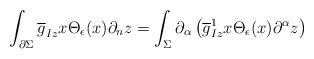
LaTeX: \begin{align*}\int _{\partial \Sigma} {\overline g}_{Iz} x\Theta_\epsilon (x) \partial_n z =\int _\Sigma \partial_\alpha \left({\overline g}_{Iz}^1 x\Theta_\epsilon (x) \partial ^\alpha z \right) \end{align*}